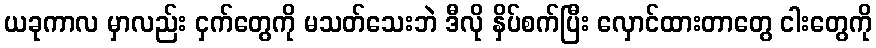
ယခုကာလ မှာလည်း ငှက်တွေကို မသတ်သေးဘဲ ဒီလို နှိပ်စက်ပြီး လှောင်ထားတာတွေ ငါးတွေကို